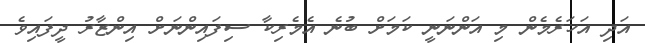
އަދި އަހަރެމެން މި އަންނަނީ ކަމަށް ބުނެ އެމެރިކާ ސިފައިންނަށް އިންޒާރު ދީފައިވެ